Civil Veterinary Department Bihar & Orissa reports 1911-21 - 1911-1921
Year: 1911
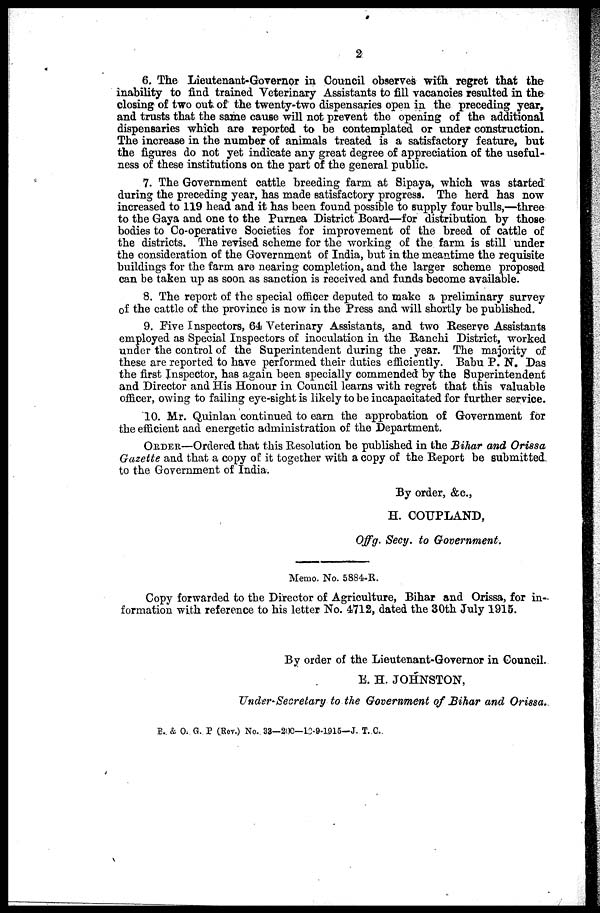
2
6. The Lieutenant-Governor in Council observes with regret that the
inability to find trained Veterinary Assistants to fill vacancies resulted in the-
closing of two out. of the twenty-two dispensaries open in the preceding year,
and trusts that the same cause will not prevent the opening of the additional
dispensaries which are reported to be contemplated or under construction.
The increase in the number of animals treated is a satisfactory feature, but
the figures do not yet indicate any great degree of appreciation of the useful-
ness of these institutions on the part of the general public.
7. The Government cattle breeding farm at Sipaya, which was started
during the preceding year, has made satisfactory progress. The herd has now
increased to 119 head and it has been found possible to supply four bulls,—three
to the Gaya and one to the Purnea District Board—for distribution by those
bodies to Co-operative Societies for improvement of the breed of cattle of
the districts. The revised scheme for the working of the farm is still under
the consideration of the Government of India, but in the meantime the requisite
buildings for the farm are nearing completion, and the larger scheme proposed
can be taken up as soon as sanction is received and funds become available.
8. The report of the special officer deputed to make a preliminary survey
of the cattle of the province is now in the Press and will shortly be published.
9. Five Inspectors, 64 Veterinary Assistants, and two Reserve Assistants
employed as Special Inspectors of inoculation in the Ranchi District, worked
under the control of the Superintendent during the year. The majority of
these are reported to have performed their duties efficiently. Babu P. N. Das
the first Inspector, has again been specially commended by the Superintendent
and Director and His Honour in Council learns with regret that this valuable
officer, owing to failing eye-sight is likely to be incapacitated for further service.
10. Mr. Quinlan continued to earn the approbation of Government for
the efficient aad energetic administration of the Department.
ORDER—Ordered that this Resolution be published in the Bihar and Orissa
Gazette and that a copy of it together with a copy of the Report be submitted
to the Government of India.
By order, &c,
H. COUPLAND,
Offg. Secy. to Government.
Memo. No. 5884- R.
Copy forwarded to the Director of Agriculture, Bihar and Orissa, for in-
formation with reference to his letter No. 4712, dated the 30th July 1915.
By order of the Lieutenant-Governor in Council.
E. H. JOHNSTON,
Under-Secretary to the Government of Bihar and Orissa.
B. & O. G. P (Rev.) No. 33—200—12-9-1915—J. T. C.